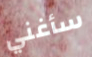
سأغني